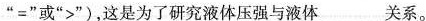
”=”或”>”)，这是为了研究液体压强与液体___关系。